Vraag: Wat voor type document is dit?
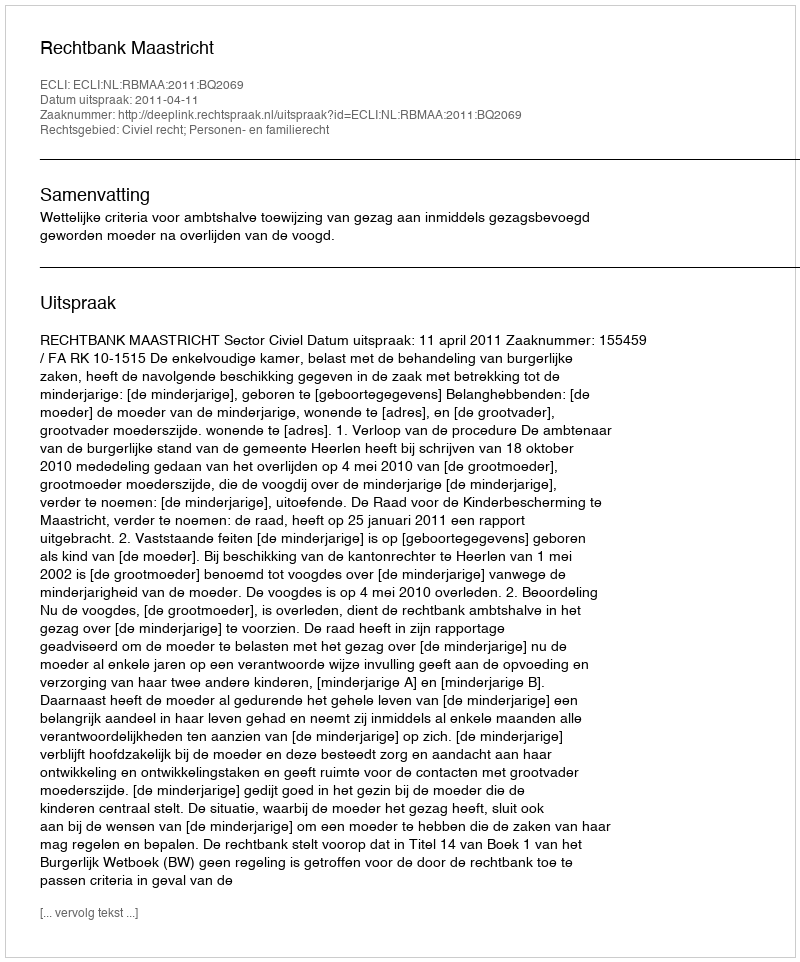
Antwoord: Uitspraak